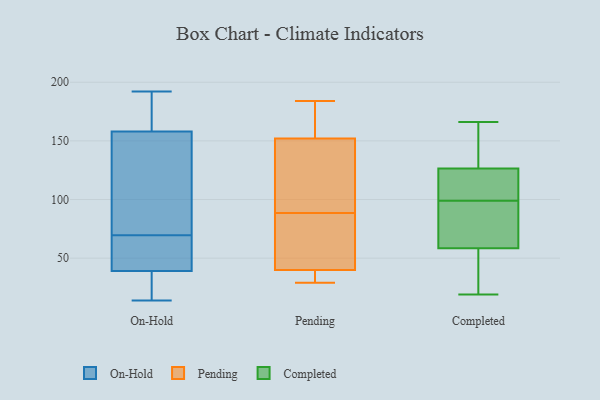
{"axis": {"x": "Conversion Rate (%)", "y": "Value"}, "legend": ["Completed", "On-Hold", "Pending"], "data": [{"x": "", "y": 192, "type": "On-Hold"}, {"x": "", "y": 176, "type": "On-Hold"}, {"x": "", "y": 168, "type": "On-Hold"}, {"x": "", "y": 39, "type": "On-Hold"}, {"x": "", "y": 16, "type": "On-Hold"}, {"x": "", "y": 158, "type": "On-Hold"}, {"x": "", "y": 71, "type": "On-Hold"}, {"x": "", "y": 155, "type": "On-Hold"}, {"x": "", "y": 94, "type": "On-Hold"}, {"x": "", "y": 40, "type": "On-Hold"}, {"x": "", "y": 68, "type": "On-Hold"}, {"x": "", "y": 49, "type": "On-Hold"}, {"x": "", "y": 67, "type": "On-Hold"}, {"x": "", "y": 173, "type": "On-Hold"}, {"x": "", "y": 95, "type": "On-Hold"}, {"x": "", "y": 24, "type": "On-Hold"}, {"x": "", "y": 37, "type": "On-Hold"}, {"x": "", "y": 14, "type": "On-Hold"}, {"x": "", "y": 184, "type": "Pending"}, {"x": "", "y": 176, "type": "Pending"}, {"x": "", "y": 53, "type": "Pending"}, {"x": "", "y": 152, "type": "Pending"}, {"x": "", "y": 49, "type": "Pending"}, {"x": "", "y": 124, "type": "Pending"}, {"x": "", "y": 37, "type": "Pending"}, {"x": "", "y": 40, "type": "Pending"}, {"x": "", "y": 29, "type": "Pending"}, {"x": "", "y": 133, "type": "Pending"}, {"x": "", "y": 19, "type": "Completed"}, {"x": "", "y": 99, "type": "Completed"}, {"x": "", "y": 163, "type": "Completed"}, {"x": "", "y": 33, "type": "Completed"}, {"x": "", "y": 88, "type": "Completed"}, {"x": "", "y": 127, "type": "Completed"}, {"x": "", "y": 87, "type": "Completed"}, {"x": "", "y": 125, "type": "Completed"}, {"x": "", "y": 49, "type": "Completed"}, {"x": "", "y": 166, "type": "Completed"}, {"x": "", "y": 114, "type": "Completed"}]}